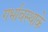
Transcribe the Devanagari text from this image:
गर्भावस्थाके